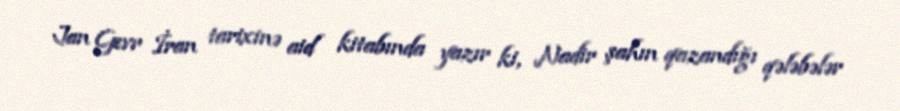
Jan Gevr İran tarixinə aid kitabında yazır ki, Nadir şahın qazandığı qələbələr